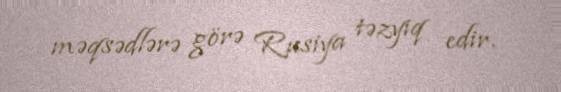
məqsədlərə görə Rusiya təzyiq edir.